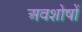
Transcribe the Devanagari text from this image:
अवशोषों